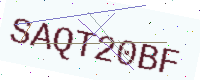
Text: SAQT20BF